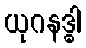
ယုဂနဒ္ဓါ